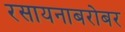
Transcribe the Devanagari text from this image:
रसायनाबरोबर